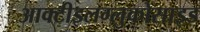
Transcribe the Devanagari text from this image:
आक्टीइलग्लुकोसाइड